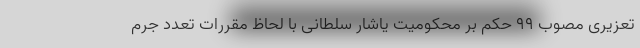
تعزیری مصوب ۹۹ حکم بر محکومیت یاشار سلطانی با لحاظ مقررات تعدد جرم